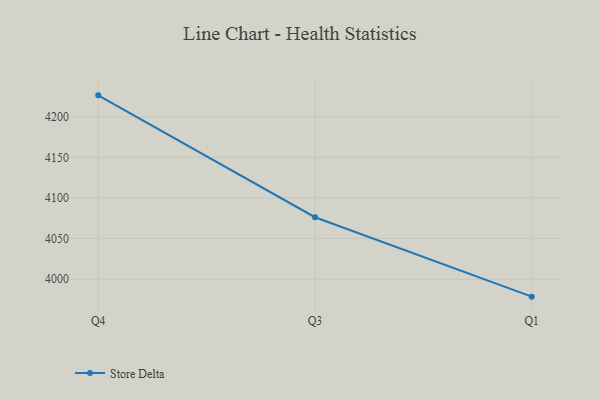
{"axis": {"x": "Quarter", "y": "Headcount"}, "legend": ["Store Delta"], "data": [{"x": "Q4", "y": 4226.4, "type": "Store Delta"}, {"x": "Q3", "y": 4076.3, "type": "Store Delta"}, {"x": "Q1", "y": 3978.5, "type": "Store Delta"}]}